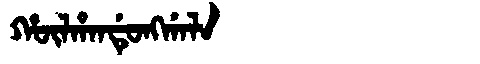
Manchu: ᡥᡡᠯᡥᠠᠨᡩᡠᠩᡤᠠᠯᠠ
Romanization: HŪLHANDUNGGALA